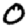
Digit: 0